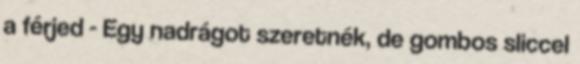
a férjed - Egy nadrágot szeretnék, de gombos sliccel